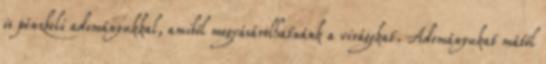
is pénzbeli adományukkal, amiből megvásárolhatnánk a virágokat. Adományukat mától